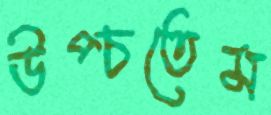
উপ্‌চতেম